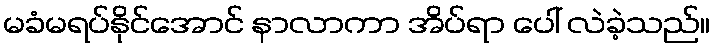
မခံမရပ်နိုင်အောင် နာလာကာ အိပ်ရာ ပေါ် လဲခဲ့သည်။